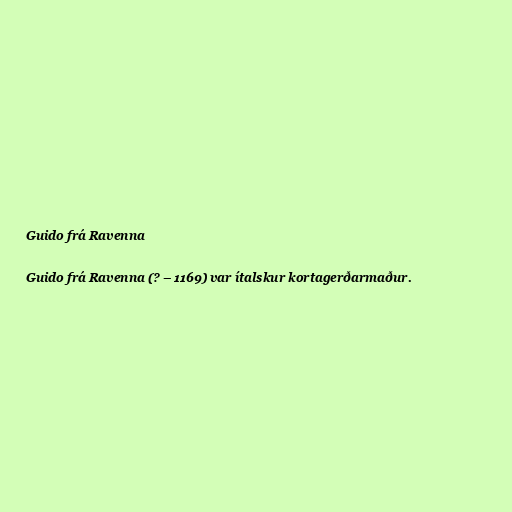
Guido frá Ravenna

Guido frá Ravenna (? – 1169) var ítalskur kortagerðarmaður.